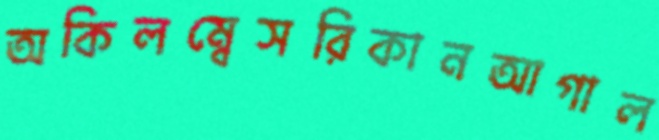
অকিলম্বেসরিকানআগাল